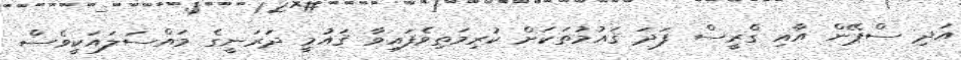
އަދި ސްޕޭން އާއި ގްރީސް ފަދަ ޤައުމުތަކަށް ކުރިމަތިވެފައިވާ ޤައުމީ ދަރަނީގެ މައްސަލައަކީވެސް